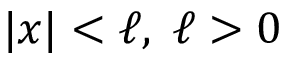
| x | < \ell , \; \ell > 0